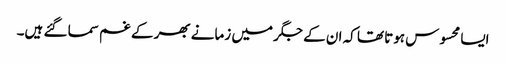
ایسا محسوس ہوتا تھا کہ ان کے جگر میں زمانے بھر کے غم سما گئے ہیں۔